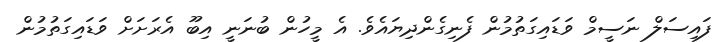
ފައިސަލް ނަސީމް ވަޑައިގަތުމުން ފެނިގެންދިޔައެވެ. އެ މީހުން ބުނަނީ އިބޫ އެރަށަށް ވަޑައިގަތުމުން